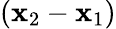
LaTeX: (\mathbf{x}_{2}-\mathbf{x}_{1})